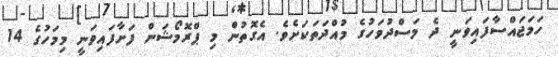
ހަމަޖައްސާފައިވަނީ ދެ މަސްދުވަހުގެ މުއްދަތަކަށެވެ. އެގޮތުން މި ޕްރޮމޯޝަން ފަށާފައިވަނީ މިމަހުގެ 14